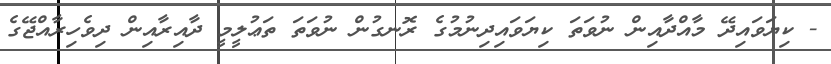
- ކިޔަވައިދޭ މާއްދާއިން ނުވަތަ ކިޔަވައިދިނުމުގެ ރޮނގުން ނުވަތަ ތަޢުލީމީ ދާއިރާއިން ދިވެހިރާއްޖޭގެ